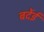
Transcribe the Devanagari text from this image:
बर्देई